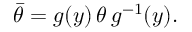
\bar { \theta } = g ( y ) \, \theta \, g ^ { - 1 } ( y ) .